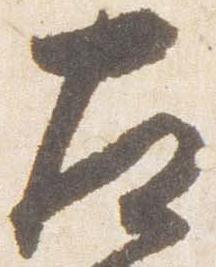
左